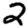
Digit: 2